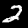
Digit: 2